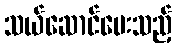
သယ်ဆောင်ပေးသည့်